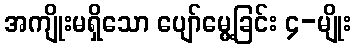
အကျိုးမရှိသော ပျော်မွေ့ခြင်း ၄-မျိုး